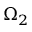
\Omega _ { 2 }